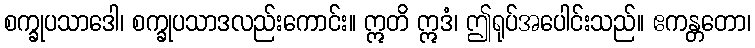
စက္ခုပသာဒေါ၊ စက္ခုပသာဒလည်းကောင်း။ ဣတိ ဣဒံ၊ ဤရုပ်အပေါင်းသည်။ ဧကန္တတော၊